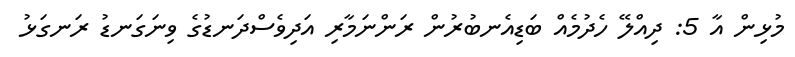
މުޅިން އާ 5: ދިއްލޭ ހެދުމެއް ބަޑިއެނބުރުން ރަންނަމާރި އަދިވެސްދަނޑުގެ ވިނަގަނޑު ރަނގަޅު